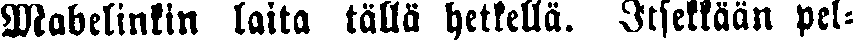
Mabelinkin laita tällä hetkellä. Itsellään pel-